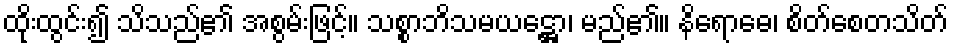
ထိုးထွင်း၍ သိသည်၏ အစွမ်းဖြင့်။ သစ္စာဘိသမယဋ္ဌော၊ မည်၏။ နိရောဓေ၊ စိတ်စေတသိတ်